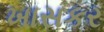
ખાસકર